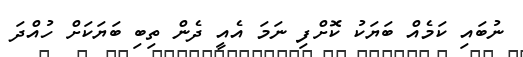
ނުބައި ކަމެއް ބަޔަކު ކޮށްފި ނަމަ އެއީ ދެން ތިބި ބަޔަކަށް ހުއްދަ